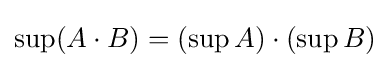
\sup(A\cdot B)=(\sup A)\cdot (\sup B)